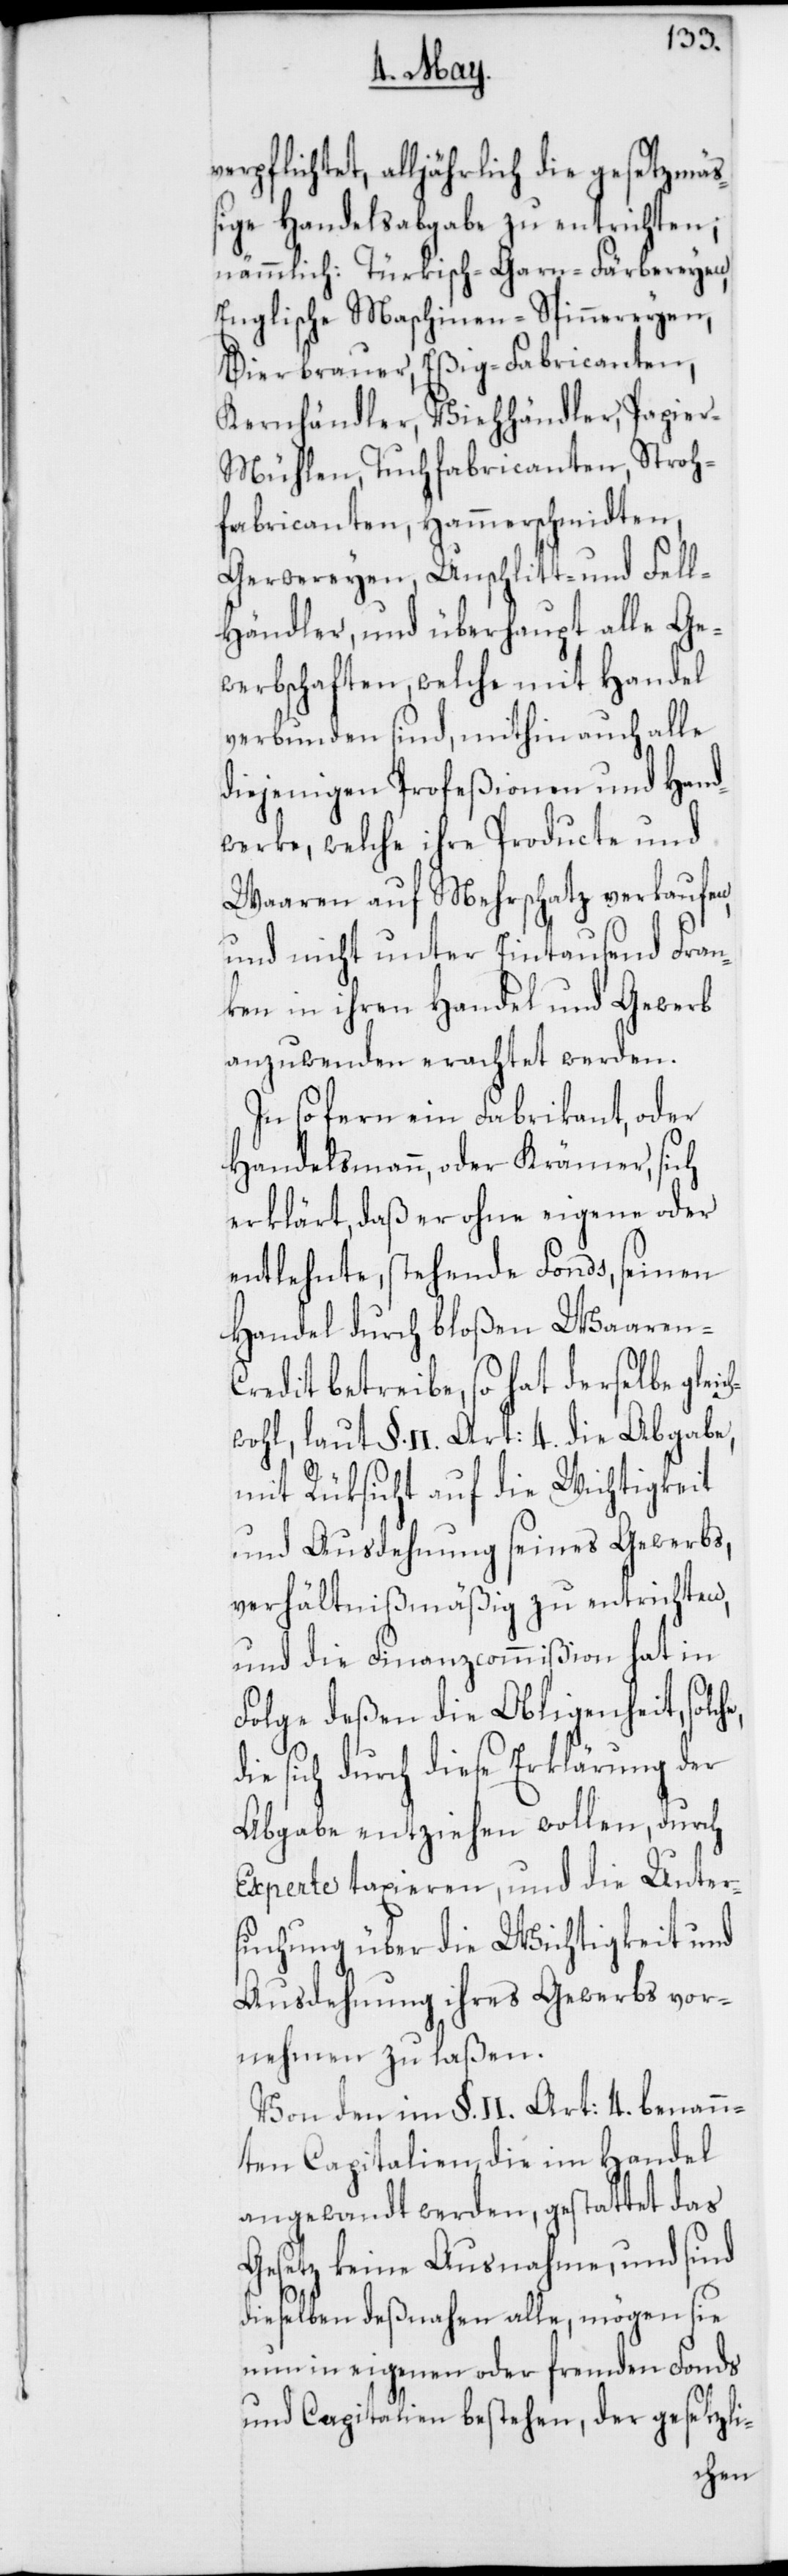
verpflichtet, alljährlich die gesetzmäß¬
ige Handelsabgabe zu entrichten,
nämmlich: Türkisch-Garn-Färbereyen,
Englische Maschinen-Spinnereyen,
Bierbrauer, Eßig-Fabrikanten,
Kernhändler, Viehhändler, Papie¬
r-Mühlen, Tuchfabricanten, Stroh¬
fabricanten, Hammerschmidten,
Gerwereyen, Unschlitt- und Fellh¬
ändler, und überhaupt alle Ge¬
werbschaften, welche mit Handel
verbunden sind, mithin auch alle
diejenigen Profeßionen und Hand¬
werke, welche ihre Producte und
Waaren auf Mehrschatz verkaufen
und nicht unter Eintausend Fran¬
ken in ihren Handel und Gewerb
anzuwenden erachtet werden.
Insofern ein Fabrikant, oder
Handelsmann, oder Krämer, sich
erklärt, daß er ohne eigene oder
entlehnte stehende Fonds, seinen
Handel durch bloßen Waaren¬
credit betreibe, so hat derselbe glei¬
wohl, laut §. II. Art: 4. die Abgabe,
mit Rüksicht auf die Wichtigkeit
und Ausdehnung seines Gewerbs,
verhältnißmäßig zu entrichten,
und die Finanzcommißion hat in
Folge deßen die Obligenheit, solche
sich durch diese Erklärung der
Abgabe entziehen wollen, durch
Experte taxieren, und die Unter¬
suchung über die Wichtigkeit und
Ausdehnung ihres Gewerbs vor¬
nehmen zu laßen.
Von den im §. II. Art: 4. benann¬
ten Capitalien, die im Handel
angewandt werden, gestattet das
Gesetz keine Ausnahme, und sind
dieselben deßnahen alle, mögen sie
nun in eigenen oder fremden Fonds
und Capitalien bestehen, der gesetzli-
ch¬